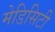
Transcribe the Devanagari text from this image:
मेडिसिटी